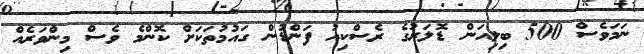
ނަމަވެސް 500 ބިލިއަން ޑޮލަރުގެ ރެސްކިއު ފަންޑުން ގައުމުތަކަށް ކޮންމެ ވެސް މިންވަރެއް